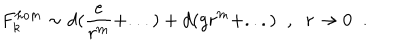
LaTeX: F _ { k } ^ { h o m } \sim d ( \frac { e } { r ^ { m } } + . . . ) + d ( g r ^ { m } + . . . ) \; \; , \; \; r \rightarrow 0 \; \; .